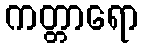
ကတ္တာရော